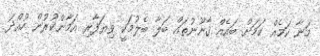
މަނާ ކަމެއް ކަމަށް ބައެއް ޤާނޫނުތައް ބަލާ ބެލުމަކީ ވިޔަފާރި އަމާންކުރުން ހުއްދަ